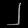
Digit: ၂